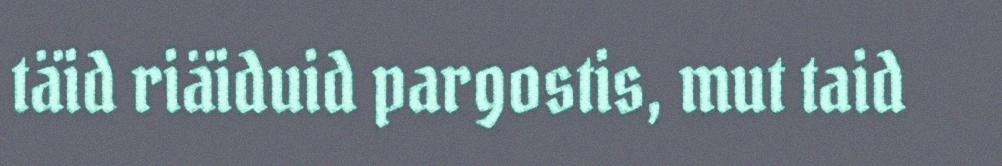
täid riäiduid pargostis, mut taid